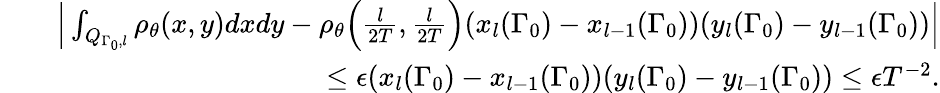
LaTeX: \begin{array}{rlr}&{}&{\Big|\int_{Q_{\Gamma_{0},l}}\rho_{\theta}(x,y)dxdy-\rho_{\theta}\Big(\frac{l}{2T},\frac{l}{2T}\Big)(x_{l}(\Gamma_{0})-x_{l-1}(\Gamma_{0}))(y_{l}(\Gamma_{0})-y_{l-1}(\Gamma_{0}))\Big|}\\ &{}&{\leq\epsilon(x_{l}(\Gamma_{0})-x_{l-1}(\Gamma_{0}))(y_{l}(\Gamma_{0})-y_{l-1}(\Gamma_{0}))\leq\epsilon T^{-2}.}\end{array}